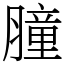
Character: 膧